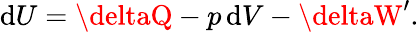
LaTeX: \mathrm{d}U=\deltaQ-p\, \mathrm{d}V-\deltaW^{\prime}.